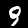
Label: 9